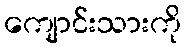
ကျောင်းသားကို